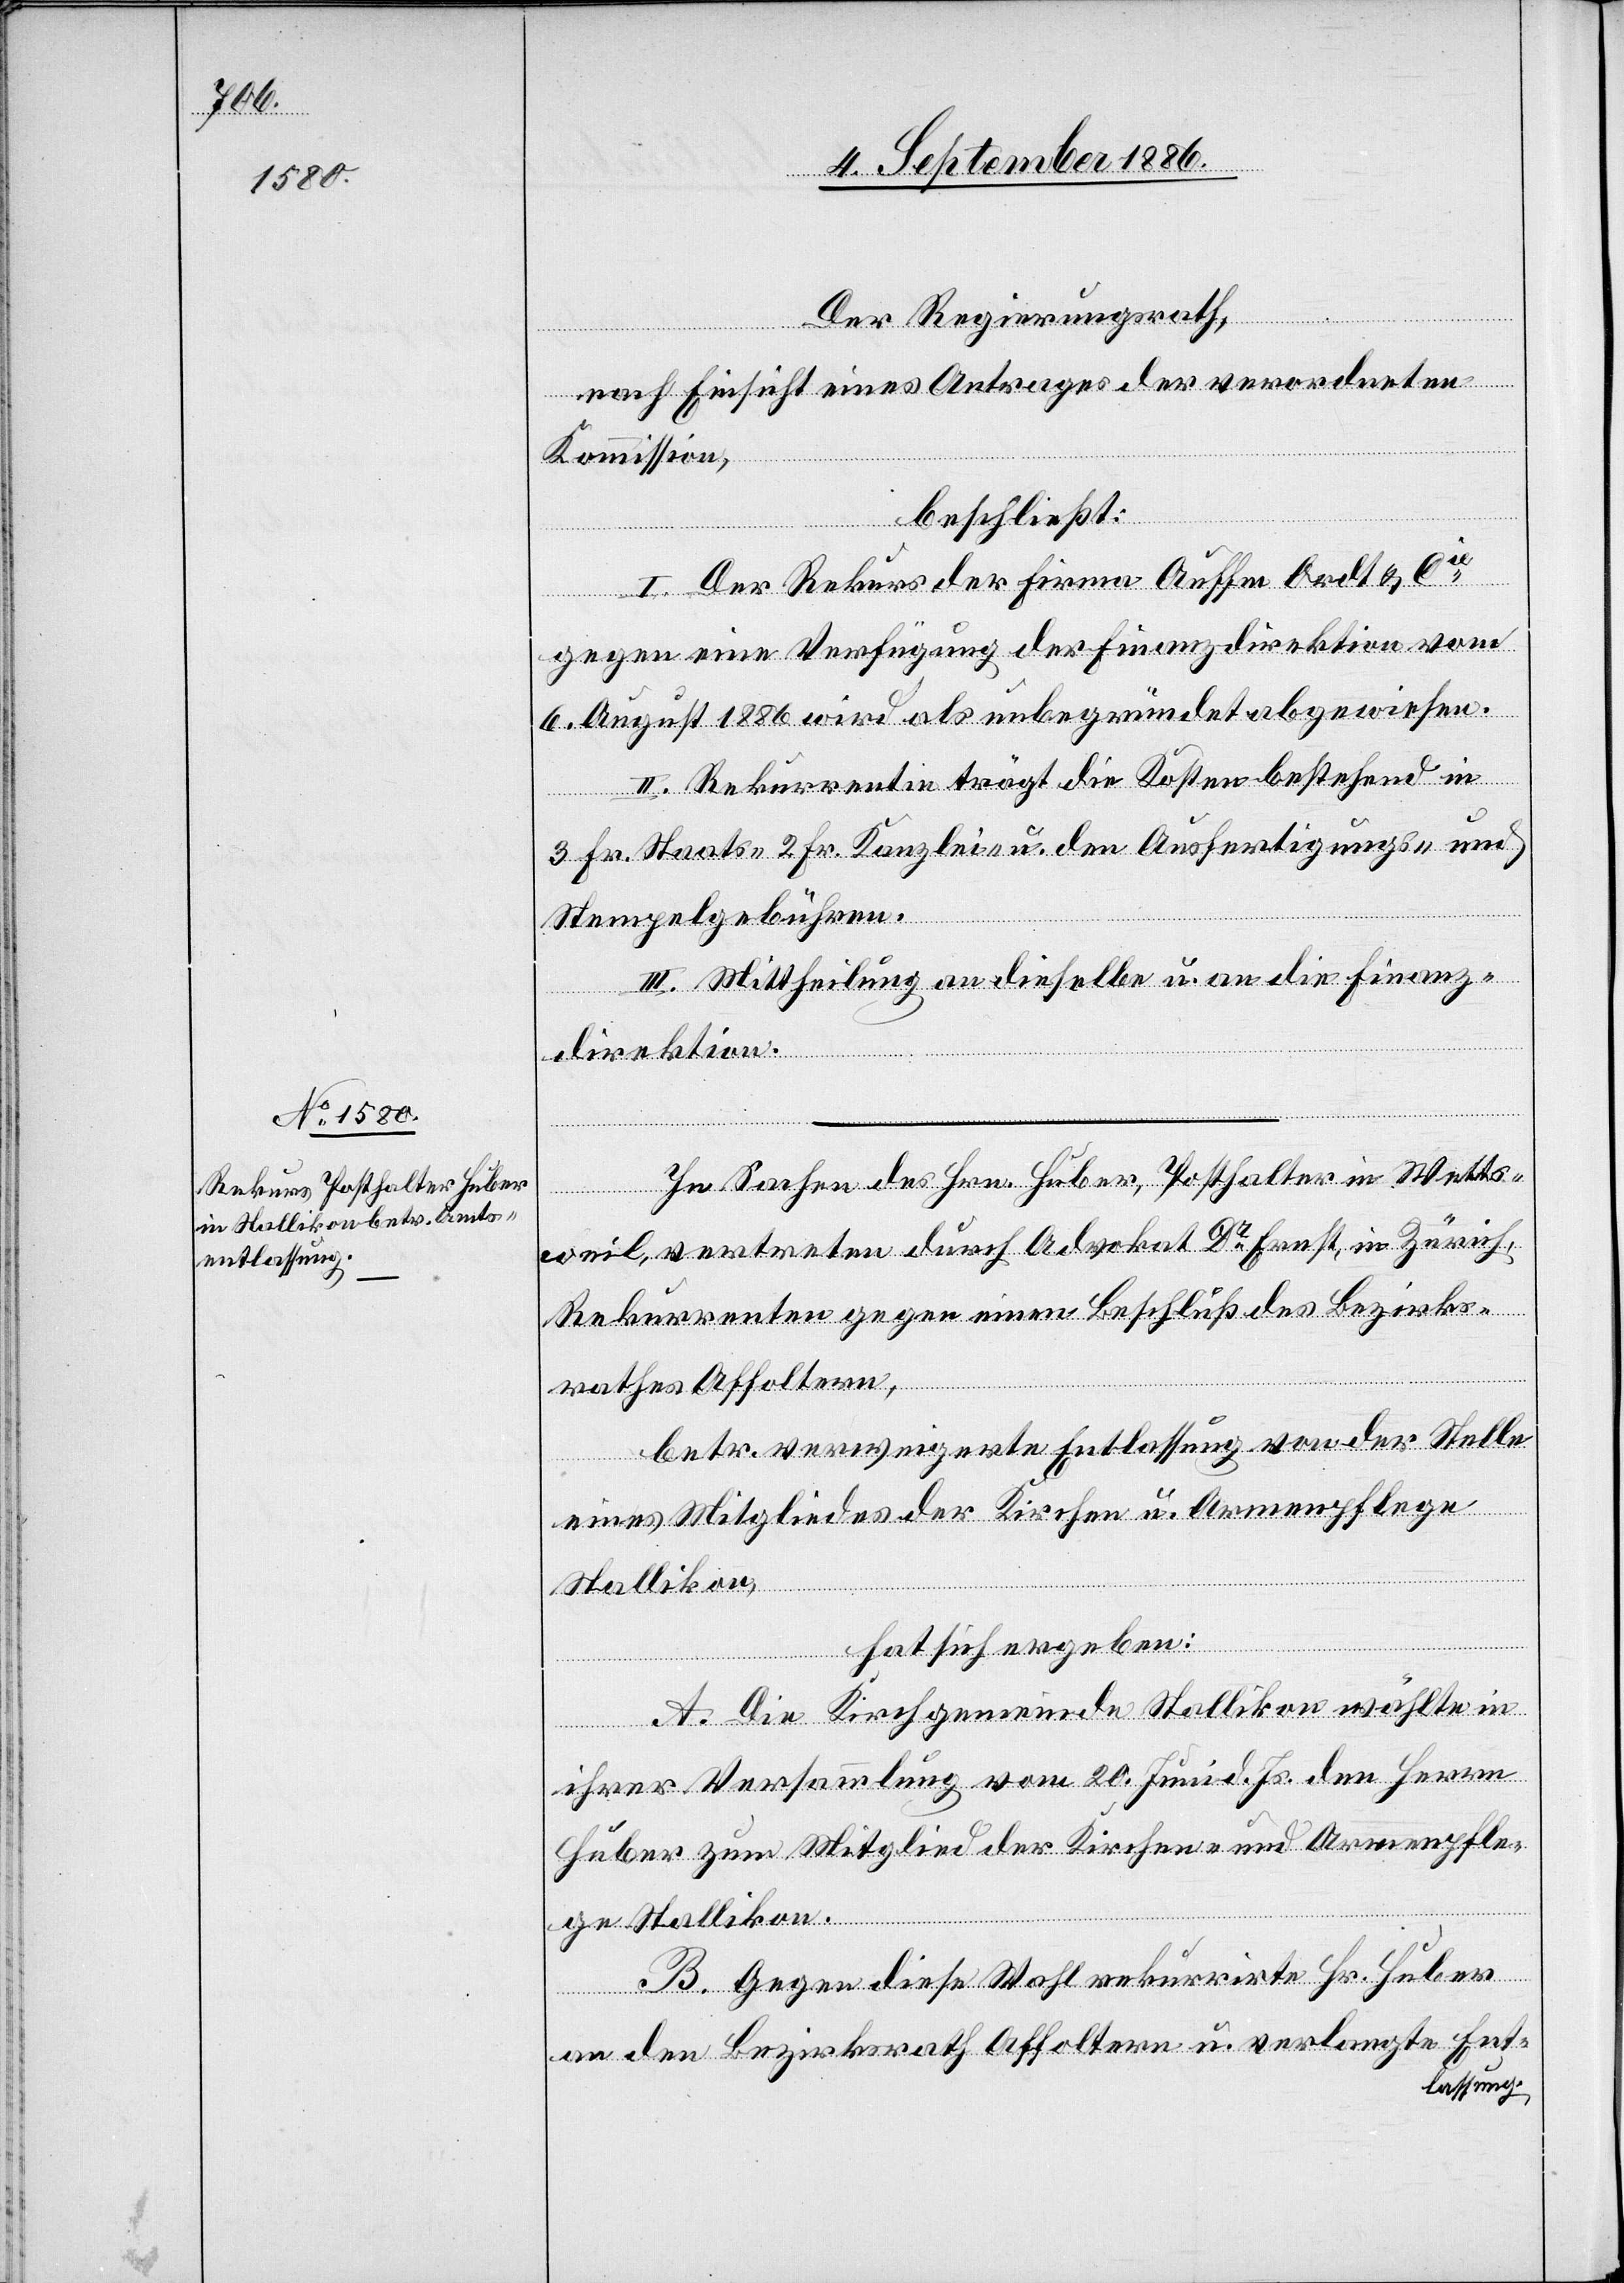
Der Regierungsrath,
nach Einsicht eines Antrages der verordneten
Kommission,
beschließt:
I. Der Rekurs der Firma Auffm Ordt u. Cie
gegen eine Verfügung der Finanzdirektion vom
6. August 1886 wird als unbegründet abgewiesen.
II. Rekurrentin trägt die Kosten bestehend in
3 Fr. Staats-, 2 Fr. Kanzlei- u. den Ausfertigungs- &
Stempelgebühren.
III. Mittheilung an dieselbe u. an die Finanz¬
direktion.
In Sachen des Hrn. Huber, Posthalter in Wetts¬
weil, vertreten durch Advokat Dr Ernst, in Zürich,
Rekurrenten gegen einen Beschluß des Bezirks¬
rathes Affoltern,
betr. verweigerte Entlassung von der Stelle
eines Mitgliedes der Kirchen[-] u. Armenpflege
Stallikon,
hat sich ergeben:
A. Die Kirchgemeinde Stallikon wählte in
Ihrer Versammlung vom 20. Juni d. Js. den Herrn
Huber zum Mitglied der Kirchen- und Armenpfle¬
ge Stallikon.
B. Gegen diese Wahl rekurrirte Hr. Huber
an den Bezirksrath Affoltern u. verlangte Ent¬
lassung.